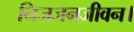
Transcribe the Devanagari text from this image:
निजजनजीवन।